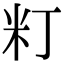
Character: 𥸧